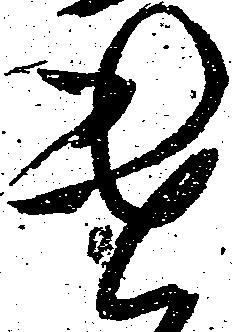
遣